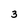
Character: 3